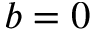
b = 0